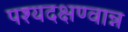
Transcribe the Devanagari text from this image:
पश्यदक्षण्वान्न